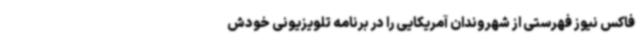
فاکس نیوز فهرستی از شهروندان آمریکایی را در برنامه تلویزیونی خودش